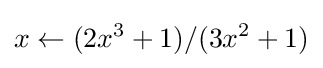
x\gets (2x^{3}+1)/(3x^{2}+1)